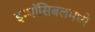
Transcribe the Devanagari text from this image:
इम्पॉसिबलमध्ये